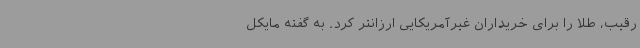
رقیب، طلا را برای خریداران غیرآمریکایی ارزانتر کرد. به گفته مایکل